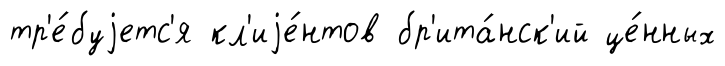
тр'е́буjетс'я кл'иjе́нтов бр'ита́нск'ий це́нных